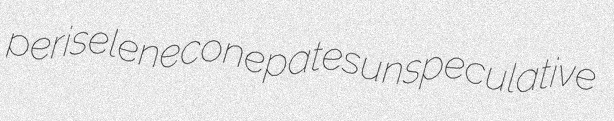
periselene conepates unspeculative